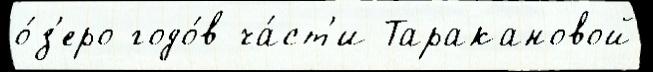
о́з'еро годо́в ча́ст'и Таракановой